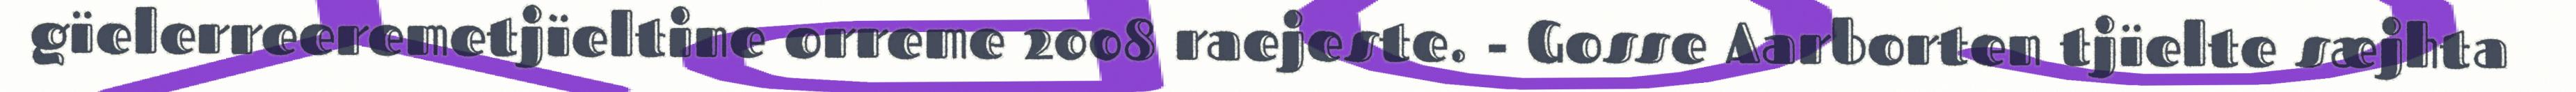
gïelerreeremetjïeltine orreme 2008 raejeste. - Gosse Aarborten tjïelte sæjhta